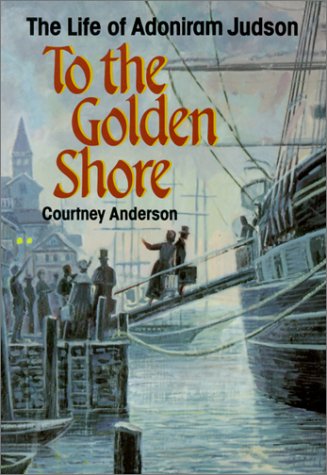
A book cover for To the Golden Shore: The Life of Adoniram Judson; Courtney Anderson; Christian Books & Bibles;